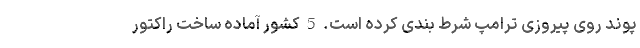
پوند روی پیروزی ترامپ شرط بندی کرده است. 5 کشور آماده ساخت راکتور